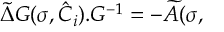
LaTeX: \widetilde { \Delta } G ( \sigma , { \hat { \cal { C } } } _ { i } ) . G ^ { - 1 } = - \widetilde { A } ( \sigma ,